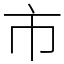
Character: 市